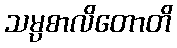
သမ္ပစာလိတောတိ